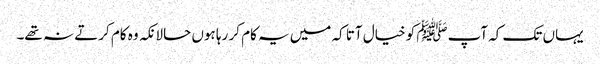
یہاں تک کہ آپﷺ کو خیال آتا کہ میں یہ کام کر رہا ہوں حالانکہ وہ کام کرتے نہ تھے۔